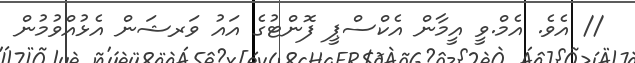
// އެވެ. އެމް.ވީ އީމާން އެކްސްޕީ ފޮންޓުގެ އައު ވަރޝަން އެޅުއްވުމުން